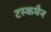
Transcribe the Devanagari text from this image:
टस्कमैन